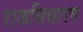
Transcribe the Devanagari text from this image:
राजसिधारण